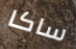
ساكا